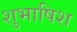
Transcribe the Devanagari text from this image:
शुभाषिश